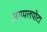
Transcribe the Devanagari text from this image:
आप्पलपोटा